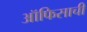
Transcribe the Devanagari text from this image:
ऑफिसाची